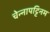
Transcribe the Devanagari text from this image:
चेन्नापट्टिनम